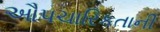
ઔપચારિકતાની